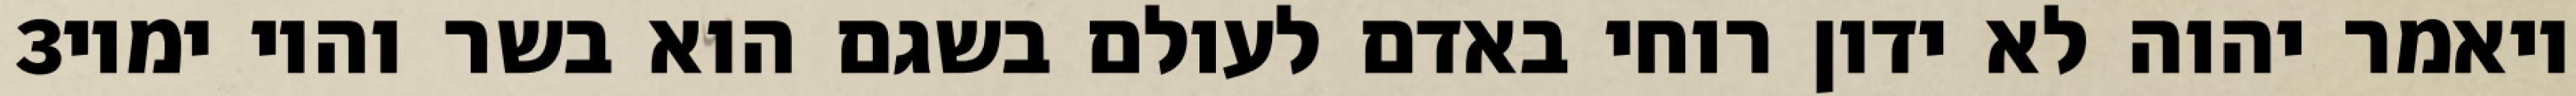
‎3‏ ויאמר יהוה לא ידון רוחי באדם לעולם בשגם הוא בשר והיו ימיו